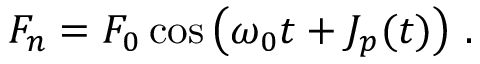
F _ { n } = F _ { 0 } \cos \left( \omega _ { 0 } t + J _ { p } ( t ) \right) \, .